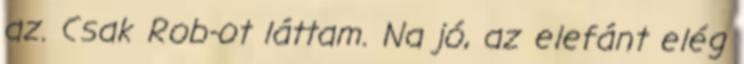
az. Csak Rob-ot láttam. Na jó, az elefánt elég